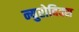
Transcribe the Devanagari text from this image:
न्युरोबिक्स